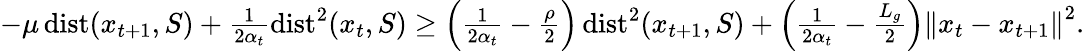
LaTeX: \begin{array}{r}{-\mu\operatorname{dist}(x_{t+1},S)+\frac{1}{2\alpha_{t}}\operatorname{dist}^{2}(x_{t},S)\geq\left(\frac{1}{2\alpha_{t}}-\frac{\rho}{2}\right)\operatorname{dist}^{2}(x_{t+1},S)+\left(\frac{1}{2\alpha_{t}}-\frac{L_{g}}{2}\right)\left\Vert x_{t}-x_{t+1}\right\Vert^{2}.}\end{array}